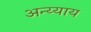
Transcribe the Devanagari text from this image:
अन्य्याय